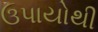
ઉપાયોથી